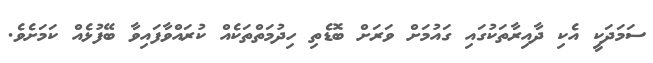
ސަމަދަކީ އެކި ދާއިރާތަކުގައި ގައުމަށް ވަރަށް ބޮޑެތި ހިދުމަތްތަކެއް ކުރައްވާފައިވާ ބޭފުޅެއް ކަމަށެވެ.